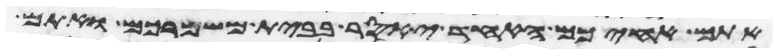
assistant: אתם אחיכם האחד יאסר בבית משמרכם ואתם